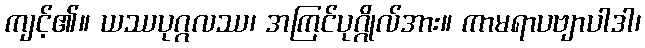
ကျင့်၏။ ယဿပုဂ္ဂလဿ၊ အကြင်ပုဂ္ဂိုလ်အား။ ကာမရာပဗျာပါဒါ၊